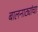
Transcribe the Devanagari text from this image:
बालनाट्यांचा